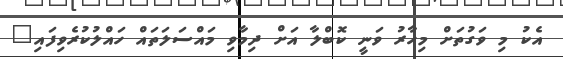
އެކު މި ވަގުތަށް މިހާރު ވަނީ ކޮބްލާ އަށް ދިމާވި މައްސަލަތައް ހައްލުކުރެވިފައި"